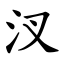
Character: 汊